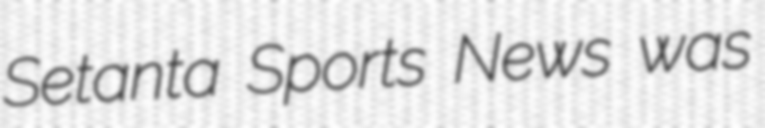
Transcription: Setanta Sports News was